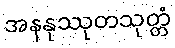
အနနုဿုတသုတ္တံ